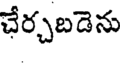
చేర్చబడెను